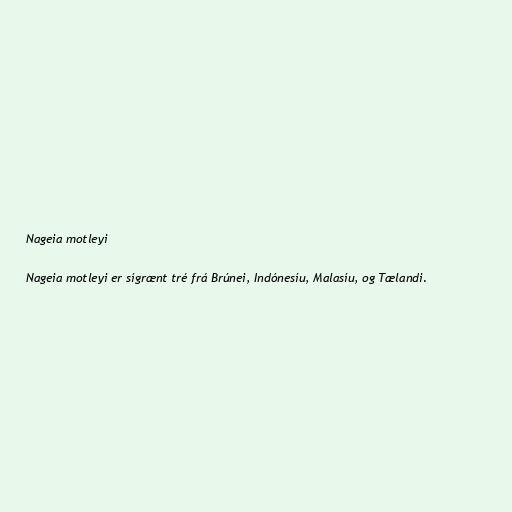
Nageia motleyi

Nageia motleyi er sígrænt tré frá Brúnei, Indónesíu, Malasíu, og Tælandi.